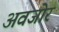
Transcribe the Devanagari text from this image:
अवजोर